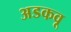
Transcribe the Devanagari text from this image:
अडकवू